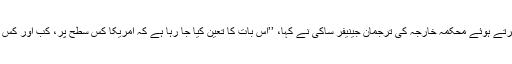
اس بارے ميں منگل کے روز بات چيت کرتے ہوئے محکمہ خارجہ کی ترجمان جينيفر ساکی نے کہا، ’’اس بات کا تعين کيا جا رہا ہے کہ امريکا کس سطح پر، کب اور کس حيثيت سے مذاکرات ميں شرکت کرے گا۔